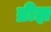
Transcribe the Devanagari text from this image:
ब्रीझ